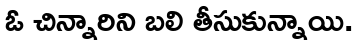
ఓ చిన్నారిని బలి తీసుకున్నాయి.